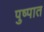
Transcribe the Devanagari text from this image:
पुष्पात